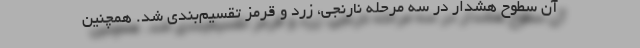
آن سطوح هشدار در سه مرحله نارنجی، زرد و قرمز تقسیم‌بندی شد. همچنین